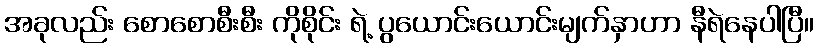
အခုလည်း စောစောစီးစီး ကိုစိုင်း ရဲ့ ပွယောင်းယောင်းမျက်နှာဟာ နီရဲနေပါပြီ။